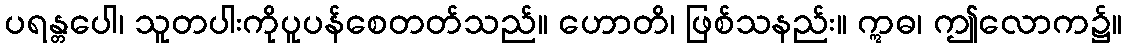
ပရန္တပေါ၊ သူတပါးကိုပူပန်စေတတ်သည်။ ဟောတိ၊ ဖြစ်သနည်း။ ဣဓ၊ ဤလောက၌။